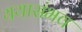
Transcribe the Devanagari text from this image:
ययासंभव